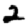
Digit: 2